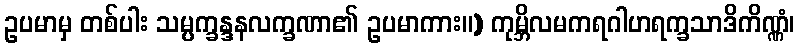
ဥပမာမှ တစ်ပါး သမ္ပက္ခန္ဒနလက္ခဏာ၏ ဥပမာကား။) ကုမ္ဘိလမကရဂါဟရက္ခသာဒိကိဏ္ဏံ၊